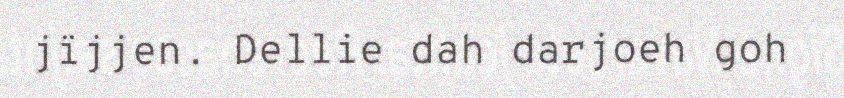
jïjjen. Dellie dah darjoeh goh